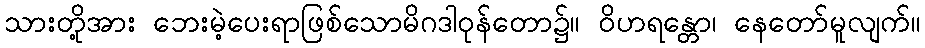
သားတို့အား ဘေးမဲ့ပေးရာဖြစ်သောမိဂဒါဝုန်တော၌။ ဝိဟရန္တော၊ နေတော်မူလျက်။